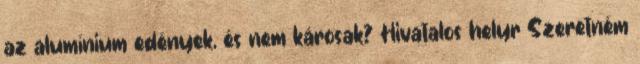
az alumínium edények, és nem károsak? Hivatalos helyr Szeretném